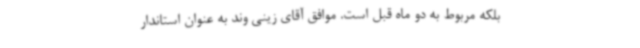
بلکه مربوط به دو ماه قبل است. موافق آقای زینی وند به عنوان استاندار